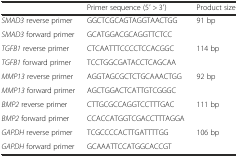
<table><thead><tr><td></td><td><b>Primer sequence (5′ &gt; 3′)</b></td><td><b>Product size</b></td></tr></thead><tbody><tr><td><i>SMAD3</i> reverse primer</td><td>GGCTCGCAGTAGGTAACTGG</td><td rowspan="2">91 bp</td></tr><tr><td><i>SMAD3</i> forward primer</td><td>GCATGGACGCAGGTTCTCC</td></tr><tr><td><i>TGFB1</i> reverse primer</td><td>CTCAATTTCCCCTCCACGGC</td><td rowspan="2">114 bp</td></tr><tr><td><i>TGFB1</i> forward primer</td><td>TCCTGGCGATACCTCAGCAA</td></tr><tr><td><i>MMP13</i> reverse primer</td><td>AGGTAGCGCTCTGCAAACTGG</td><td rowspan="2">92 bp</td></tr><tr><td><i>MMP13</i> forward primer</td><td>AGCTGGACTCATTGTCGGGC</td></tr><tr><td><i>BMP2</i> reverse primer</td><td>CTTGCGCCAGGTCCTTTGAC</td><td rowspan="2">111 bp</td></tr><tr><td><i>BMP2</i> forward primer</td><td>CCACCATGGTCGACCTTTAGGA</td></tr><tr><td><i>GAPDH</i> reverse primer</td><td>TCGCCCCACTTGATTTTGG</td><td rowspan="2">106 bp</td></tr><tr><td><i>GAPDH</i> forward primer</td><td>GCAAATTCCATGGCACCGT</td></tr></tbody></table>